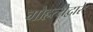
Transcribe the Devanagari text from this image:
गोहत्येद्वारे